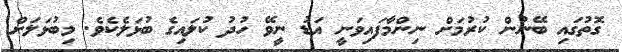
ގޮތުގައި ބޭނުން ކުރުމަށް ނިންމާފައިވަނީ އަޑު ނީވޭ ހުދު ކުލައިގެ ބުޅަލެކެވެ. މިބުޅަލަށް